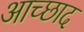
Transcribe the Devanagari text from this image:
आच्छाद